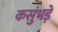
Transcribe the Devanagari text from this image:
कसुंभड़े